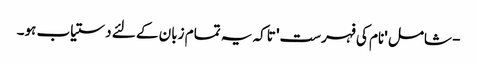
- شامل 'نام کی فہرست' تاکہ یہ تمام زبان کے لئے دستیاب ہو۔